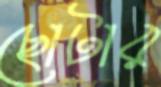
ছোটার